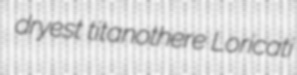
dryest titanothere Loricati